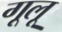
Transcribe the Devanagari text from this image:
गूलू